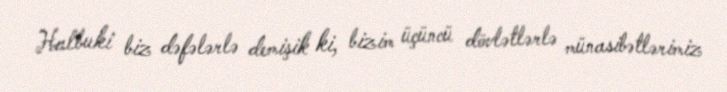
Halbuki biz dəfələrlə demişik ki, bizim üçüncü dövlətlərlə münasibətlərimiz